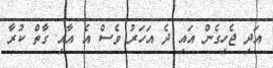
އަދި ޖެހިގެން އައި ދެ އަހަރު ވެސް އެ އާއި ގާތް ކުރާ